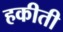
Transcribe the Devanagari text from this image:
हकीती